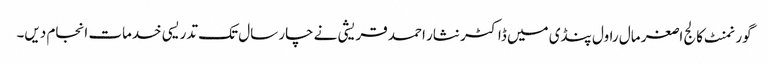
گورنمنٹ کالج اصغر مال راول پنڈی میں ڈاکٹر نثار احمد قریشی نے چار سال تک تدریسی خدمات انجام دیں۔